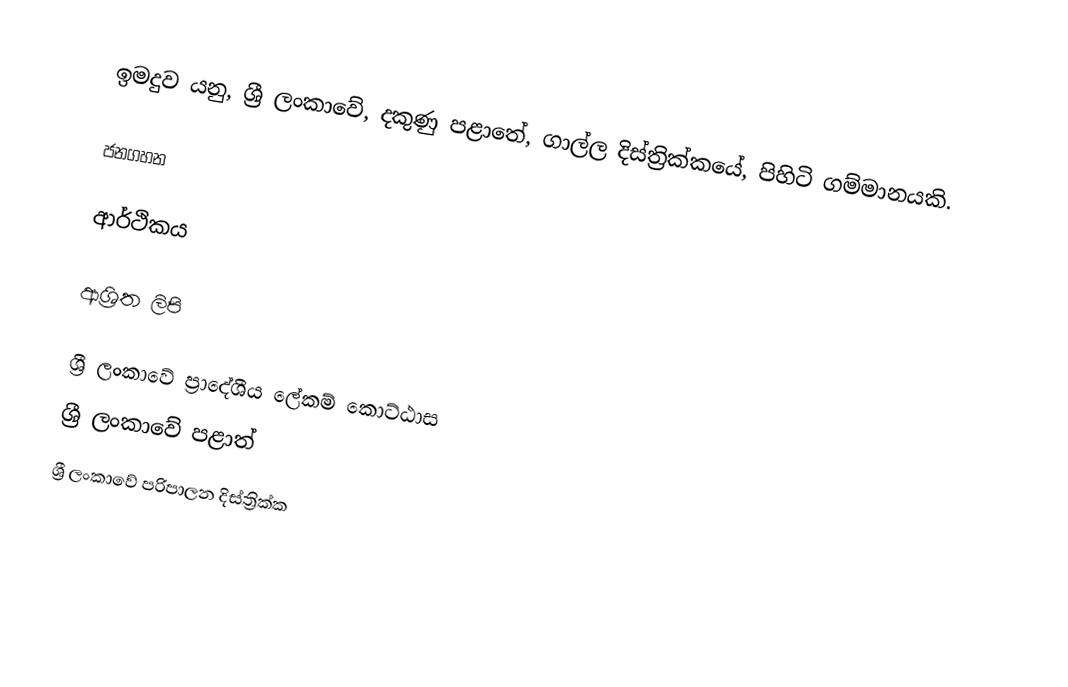
ඉමදුව  යනු,  ශ්‍රී ලංකාවේ, දකුණු පළාතේ,   ගාල්ල දිස්ත්‍රික්කයේ, පිහිටි  ගම්මානයකි.

ජනගහන

ආර්ථිකය

ආශ්‍රිත ලිපි

 ශ්‍රී ලංකාවේ ප්‍රාදේශීය ලේකම් කොට්ඨාස
 ශ්‍රී ලංකාවේ පළාත්
 ශ්‍රී ලංකාවේ පරිපාලන දිස්ත්‍රික්ක